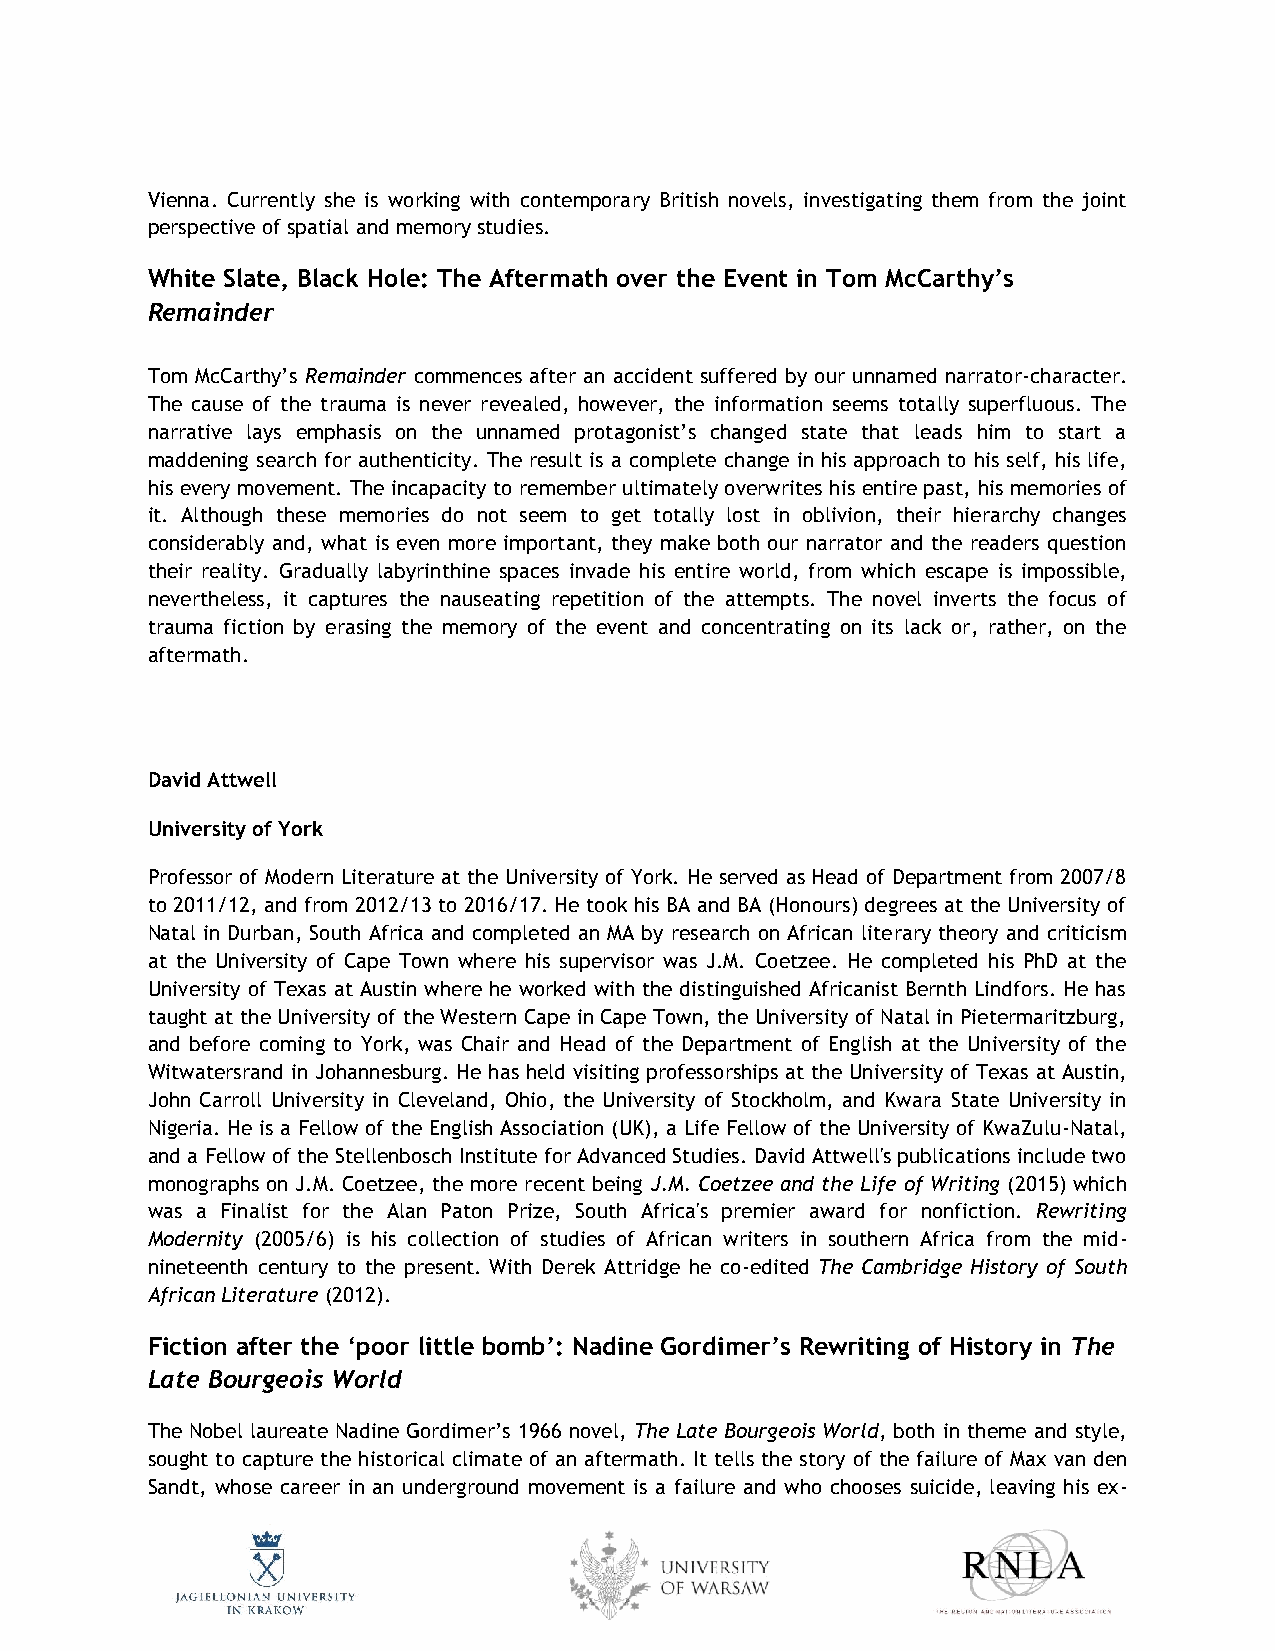
Vienna. Currently she is working with contemporary British novels, investigating them from the joint
 perspective of spatial and memory studies.
 White Slate, Black Hole: The Aftermath over the Event in Tom McCarthy’s
 Remainder
 Tom McCarthy’s Remainder commences after an accident suffered by our unnamed narrator-character.
 The cause of the trauma is never revealed, however, the information seems totally superfluous. The
 narrative lays emphasis on the unnamed protagonist’s changed state that leads him to start a
 maddening search for authenticity. The result is a complete change in his approach to his self, his life,
 his every movement. The incapacity to remember ultimately overwrites his entire past, his memories of
 it. Although these memories do not seem to get totally lost in oblivion, their hierarchy changes
 considerably and, what is even more important, they make both our narrator and the readers question
 their reality. Gradually labyrinthine spaces invade his entire world, from which escape is impossible,
 nevertheless, it captures the nauseating repetition of the attempts. The novel inverts the focus of
 trauma fiction by erasing the memory of the event and concentrating on its lack or, rather, on the
 aftermath.
 David Attwell
 University of York
 Professor of Modern Literature at the University of York. He served as Head of Department from 2007/8
 to 2011/12, and from 2012/13 to 2016/17. He took his BA and BA (Honours) degrees at the University of
 Natal in Durban, South Africa and completed an MA by research on African literary theory and criticism
 at the University of Cape Town where his supervisor was J.M. Coetzee. He completed his PhD at the
 University of Texas at Austin where he worked with the distinguished Africanist Bernth Lindfors. He has
 taught at the University of the Western Cape in Cape Town, the University of Natal in Pietermaritzburg,
 and before coming to York, was Chair and Head of the Department of English at the University of the
 Witwatersrand in Johannesburg. He has held visiting professorships at the University of Texas at Austin,
 John Carroll University in Cleveland, Ohio, the University of Stockholm, and Kwara State University in
 Nigeria. He is a Fellow of the English Association (UK), a Life Fellow of the University of KwaZulu-Natal,
 and a Fellow of the Stellenbosch Institute for Advanced Studies. David Attwell's publications include two
 monographs on J.M. Coetzee, the more recent being J.M. Coetzee and the Life of Writing (2015) which
 was a Finalist for the Alan Paton Prize, South Africa's premier award for nonfiction. Rewriting
 Modernity (2005/6) is his collection of studies of African writers in southern Africa from the mid-
 nineteenth century to the present. With Derek Attridge he co-edited The Cambridge History of South
 African Literature (2012).
 Fiction after the ‘poor little bomb’: Nadine Gordimer’s Rewriting of History in The
 Late Bourgeois World
 The Nobel laureate Nadine Gordimer’s 1966 novel, The Late Bourgeois World, both in theme and style,
 sought to capture the historical climate of an aftermath. It tells the story of the failure of Max van den
 Sandt, whose career in an underground movement is a failure and who chooses suicide, leaving his ex-